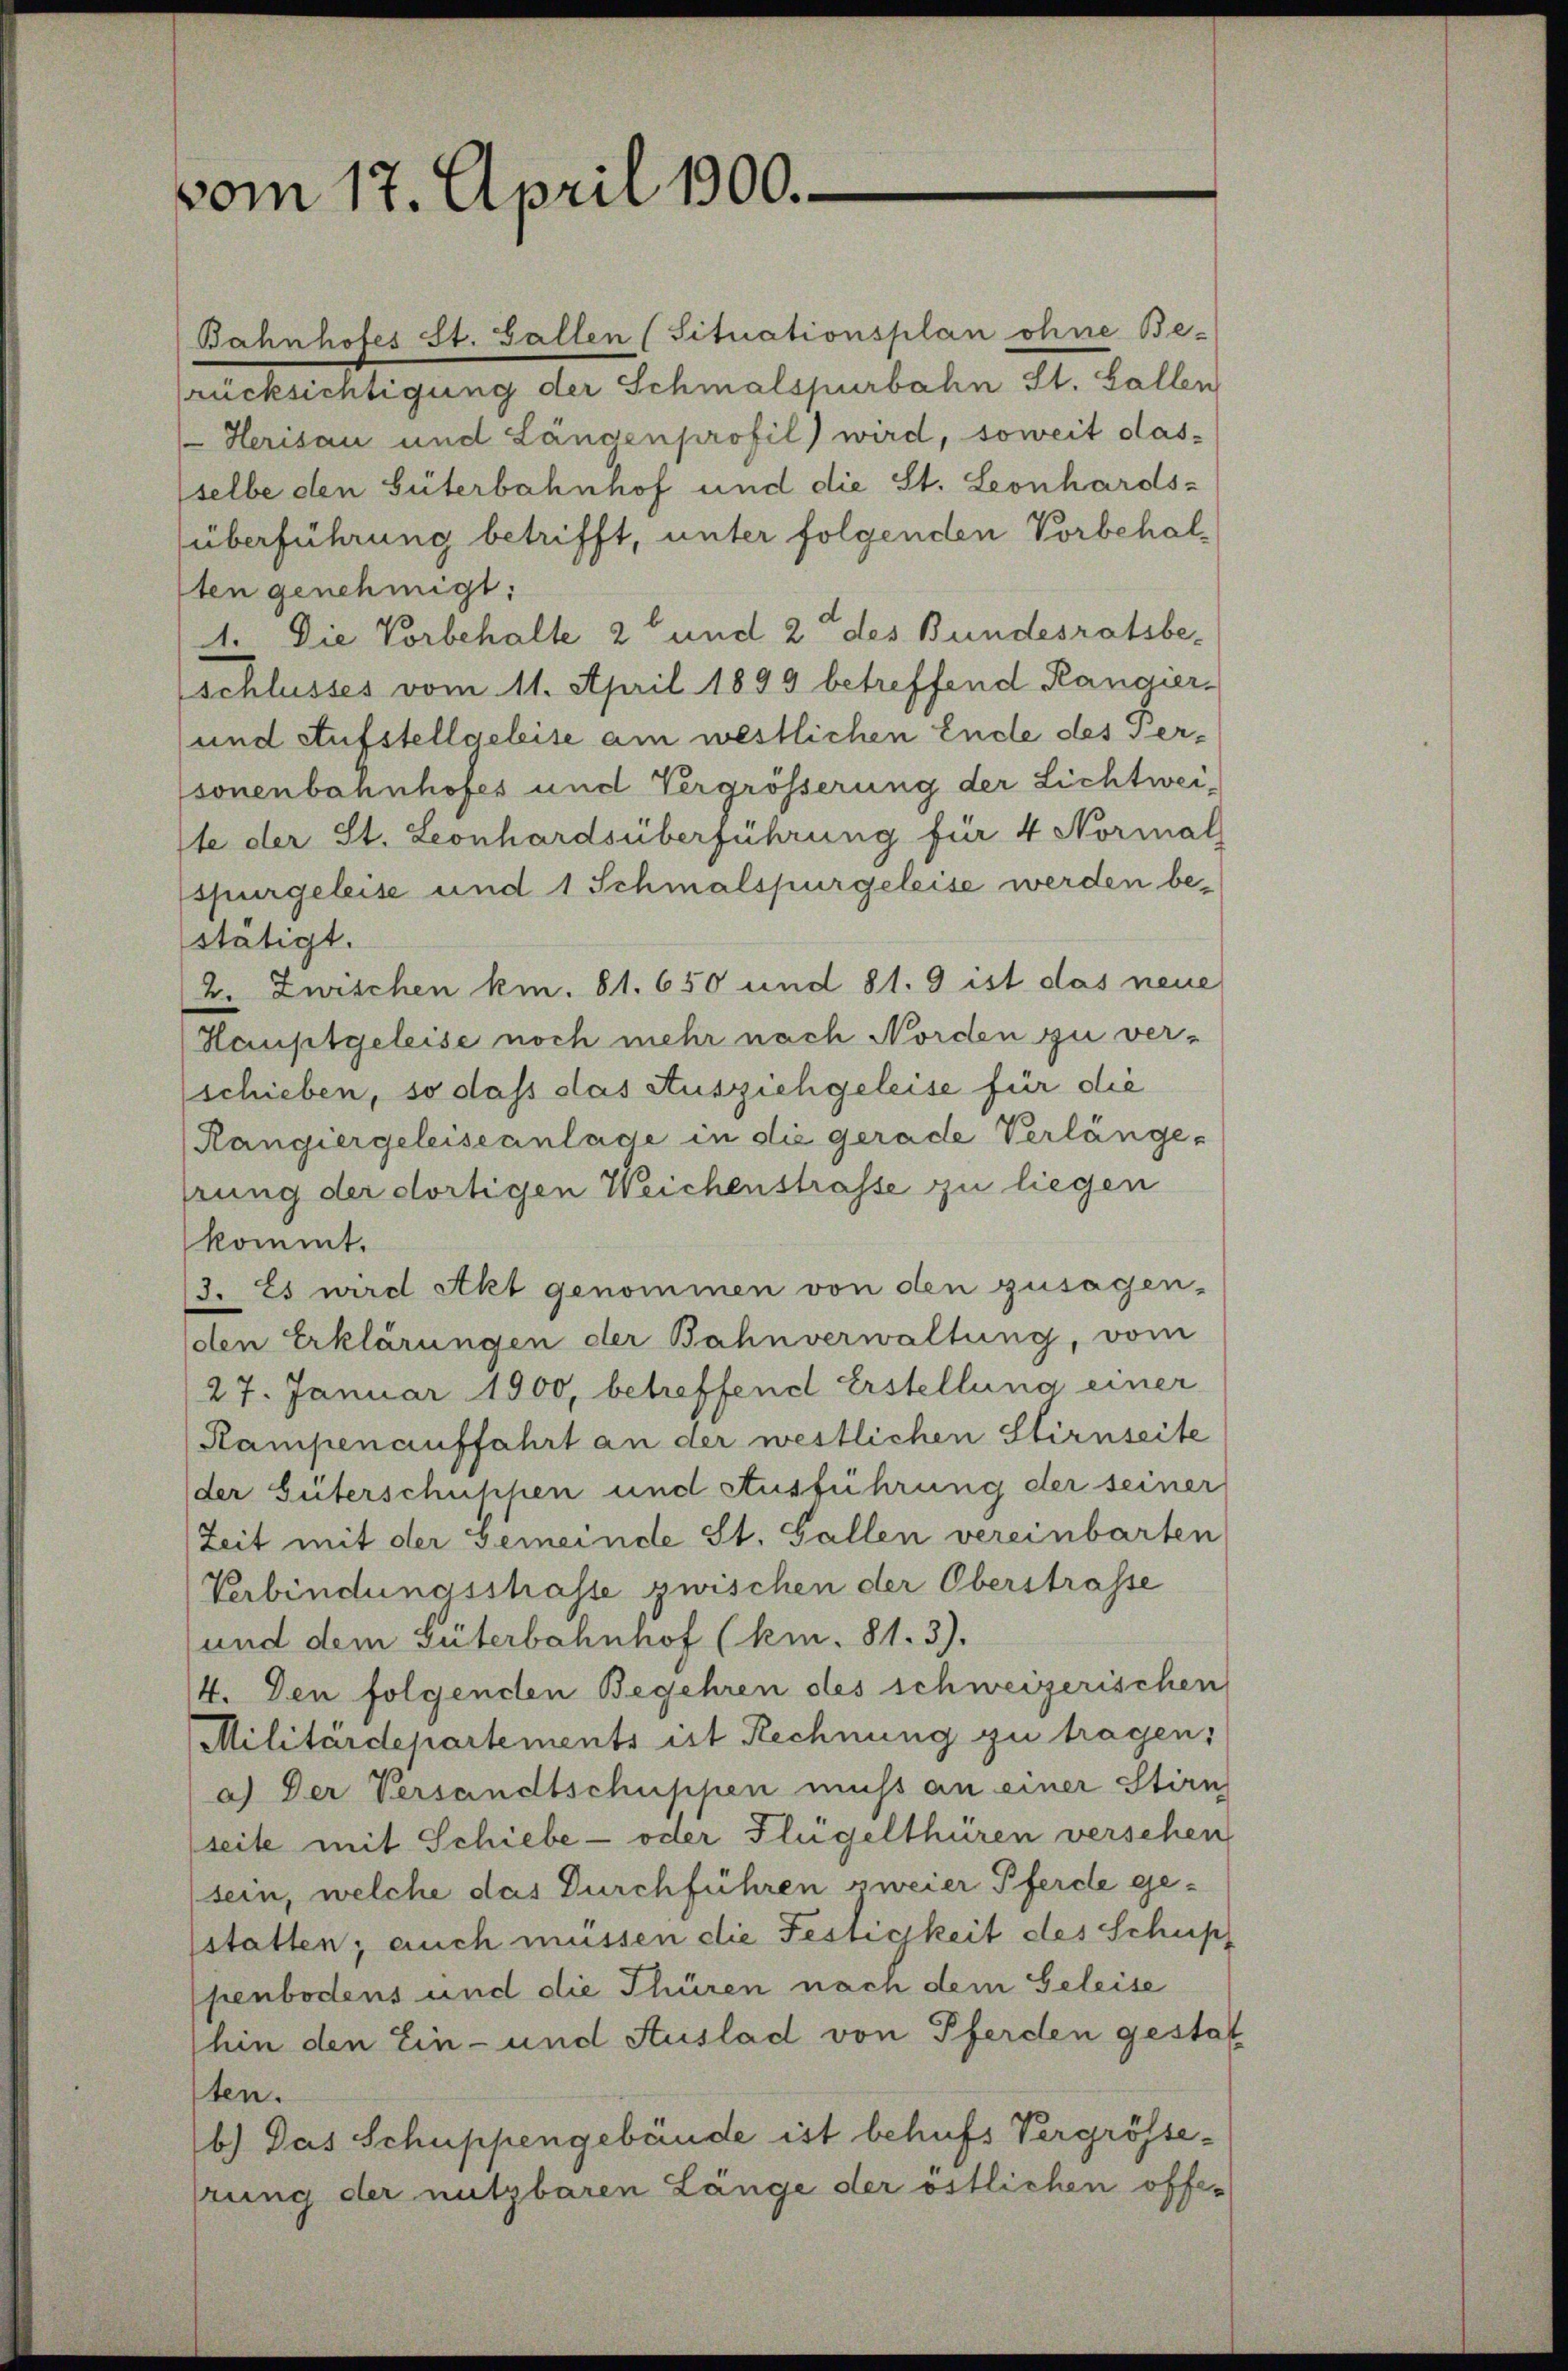
vom 17. April 1900.

Bahnhofes St. Gallen (Situationsplan ohne Be-
rücksichtigung der Schmalspurbahn St. Gallen
Herisau und Längenprofil) wird, soweit das-
selbe den Güterbahnhof und die St. Leonhardsüberführung betrifft, unter folgenden Vorbehalten genehmigt:
1. Die Vorbehalte 2 und 2 des Bundesratsbe-
(schlusses vom 11. April 1899 betreffend Rangier-
und Aufstellgeleise am westlichen Ende des versonenbahnhofes und Vergrösserung der Lichtweite der St. Leonhardsüberführung für 4 Normal
spurgeleise und 1 Schmalspurgeleise werden bestätigt.
2. Zwischen km. 81. 650 und 81. 9 ist das neue
Hauptgeleise noch mehr nach Norden zu verschieben, so dass das Ausziehgeleise für die
(Rangiergeleiseanlage in die gerade Verlängeprung der dortigen Weichenstrasse zu liegen
kommt.
3. Es wird Akt genommen von den zusagen-
den Erklärungen der Bahnverwaltung, vom
27. Januar 1900, betreffend Erstellung einer
Rampenauffahrt an der westlichen Stirnseite
der Güterschuppen und Ausführung der seiner
Zeit mit der Gemeinde St. Gallen vereinbarten
Verbindungsshasse zwischen der Oberstrasse
und dem Güterbahnhof (km. 81. 3).
4. Den folgenden Begehren des schweizerischen
Militärdepartements ist Rechnung zu tragen;
a) Der Versandtschuppen muss an einer Stirn
seite mit Schiebe - oder Flügelthüren versehen
sein, welche das Durchführen zweier Pferde gesstatten; auch müssen die Festichkeit des Schupf
penbodens und die Thüren nach dem Geleise
hin den Ein- und Auslad von Pferden gestat
ten.
b.) Das Schuppengebäude ist behufs Vergrösseprung der nutzbaren Länge der östlichen offe¬